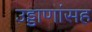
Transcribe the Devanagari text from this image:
उड्डाणांसह